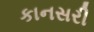
કાનસરી